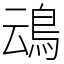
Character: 䲰